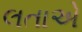
લતાએ